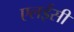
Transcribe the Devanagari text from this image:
एलईसी